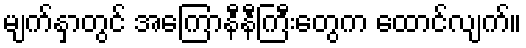
မျက်နှာတွင် အကြောနီနီကြီးတွေက ထောင်လျက်။